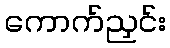
ကောက်ညှင်း